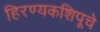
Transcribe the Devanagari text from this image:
हिरण्यकशिपूचे